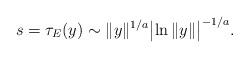
LaTeX: \begin{align*} s=\tau_E(y)\sim\|y\|^{1/a} \bigl |\ln\|y\|\bigr |^{-1/a}.\end{align*}